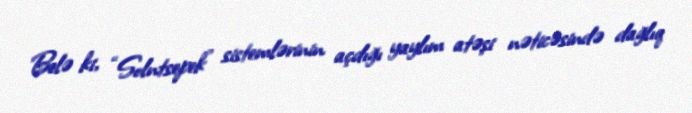
Belə ki, “Solntsepek” sistemlərinin açdığı yaylım atəşi nəticəsində dağlıq